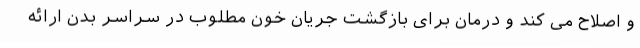
و اصلاح می کند و درمان برای بازگشت جریان خون مطلوب در سراسر بدن ارائه